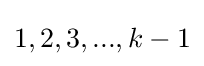
1,2,3,...,k-1